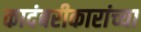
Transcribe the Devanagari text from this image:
कादंबरीकारांच्या